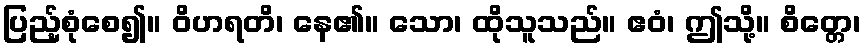
ပြည့်စုံစေ၍။ ဝိဟရတိ၊ နေ၏။ သော၊ ထိုသူသည်။ ဧဝံ၊ ဤသို့။ စိတ္တေ၊